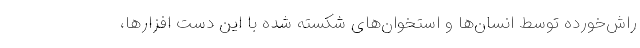
راش‌خورده توسط انسان‌ها و استخوان‌های شکسته شده با این دست افزارها،